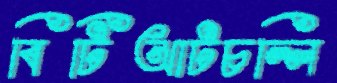
বিটিআটচল্লি